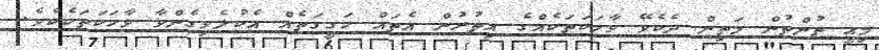
މިއީ ތުންތުން މަތިން ދެކެވޭ ވާހަކަތަކެއްގެ އިތުރުން އެތައް ހަގީގަތެއް އެކުލެވިގެންވާ ވާހަކަތަކެކެވެ.